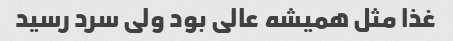
غذا مثل همیشه عالی بود ولی سرد رسید